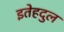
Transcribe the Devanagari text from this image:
इतेहदुल